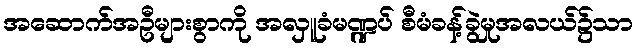
အဆောက်အဦများစွာကို အလှူခံမဏ္ဍပ် စီမံခန့်ခွဲမှုအလယ်၌သာ